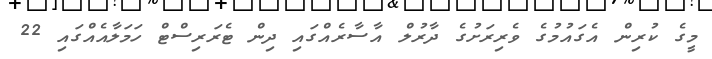
މީގެ ކުރިން އެގައުމުގެ ވެރިރަށުގެ ދާރުލް އާސާރެއްގައި ދިން ޓެރަރިސްޓް ހަމަލާއެއްގައި 22